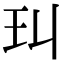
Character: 㺩